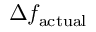
\Delta f _ { \mathrm { a c t u a l } }